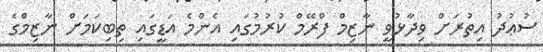
ސުޢުދު އިތުރަށް ވިދާޅުވީ ނާޒިމް ފްރޭމް ކުރުމުގައި އެންމެ އަޑީގައި ތިބިކަމަށް ނާޒިމްގެ